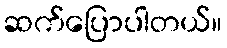
ဆက်ပြောပါတယ်။